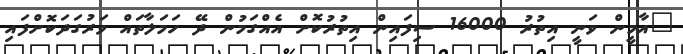
"އާމީން ވަނީ އިތުރު 16000 ސިފައިން އިތުރުކޮށް އެއްގަމުން ދޭ ހަމަލާތައް ވަރުގަދަކޮށްފައި